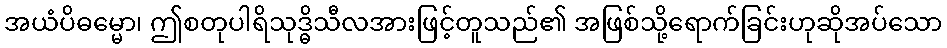
အယံပိဓမ္မော၊ ဤစတုပါရိသုဒ္ဓိသီလအားဖြင့်တူသည်၏ အဖြစ်သို့ရောက်ခြင်းဟုဆိုအပ်သော